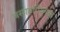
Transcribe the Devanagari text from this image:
वसाहतीयुगात